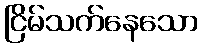
ငြိမ်သက်နေသော